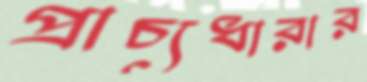
প্রাচ্যধারার